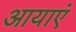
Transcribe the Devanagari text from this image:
आयाएं